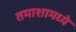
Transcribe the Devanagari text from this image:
तमाशामध्ये